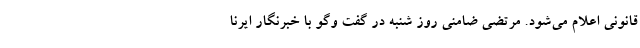
قانونی اعلام می‌شود. مرتضی ضامنی روز شنبه در گفت وگو با خبرنگار ایرنا